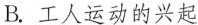
B.工人运动的兴起D.民族解放运